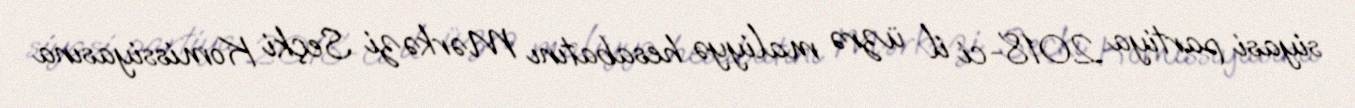
siyasi partiya 2018-ci il üzrə maliyyə hesabatını Mərkəzi Seçki Komissiyasına